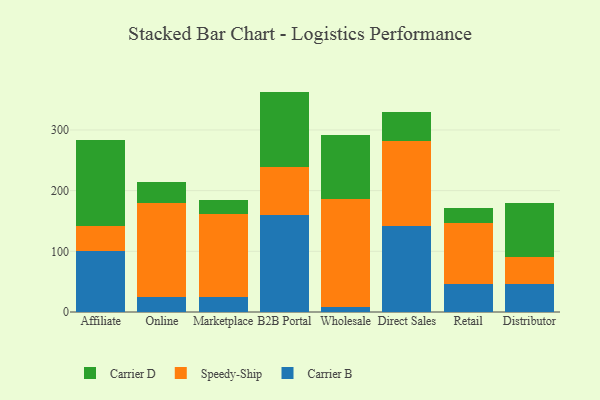
{"axis": {"x": "Channel", "y": "Satisfaction Score"}, "legend": ["Carrier B", "Carrier D", "Speedy-Ship"], "data": [{"x": "Affiliate", "y": 100.2, "type": "Carrier B"}, {"x": "Affiliate", "y": 41.8, "type": "Speedy-Ship"}, {"x": "Affiliate", "y": 141.6, "type": "Carrier D"}, {"x": "Online", "y": 24.5, "type": "Carrier B"}, {"x": "Online", "y": 155.2, "type": "Speedy-Ship"}, {"x": "Online", "y": 34.9, "type": "Carrier D"}, {"x": "Marketplace", "y": 24.5, "type": "Carrier B"}, {"x": "Marketplace", "y": 136.8, "type": "Speedy-Ship"}, {"x": "Marketplace", "y": 22.8, "type": "Carrier D"}, {"x": "B2B Portal", "y": 160.6, "type": "Carrier B"}, {"x": "B2B Portal", "y": 78.8, "type": "Speedy-Ship"}, {"x": "B2B Portal", "y": 123.8, "type": "Carrier D"}, {"x": "Wholesale", "y": 7.9, "type": "Carrier B"}, {"x": "Wholesale", "y": 178.2, "type": "Speedy-Ship"}, {"x": "Wholesale", "y": 105.9, "type": "Carrier D"}, {"x": "Direct Sales", "y": 141.6, "type": "Carrier B"}, {"x": "Direct Sales", "y": 140.3, "type": "Speedy-Ship"}, {"x": "Direct Sales", "y": 48.3, "type": "Carrier D"}, {"x": "Retail", "y": 46.0, "type": "Carrier B"}, {"x": "Retail", "y": 101.3, "type": "Speedy-Ship"}, {"x": "Retail", "y": 24.4, "type": "Carrier D"}, {"x": "Distributor", "y": 45.5, "type": "Carrier B"}, {"x": "Distributor", "y": 45.8, "type": "Speedy-Ship"}, {"x": "Distributor", "y": 87.8, "type": "Carrier D"}]}